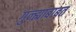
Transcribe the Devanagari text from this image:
गुन्ह्याबाबत